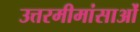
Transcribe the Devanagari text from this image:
उत्तरमीमांसाओं